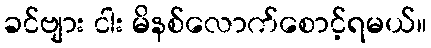
ခင်ဗျား ငါး မိနစ်လောက်စောင့်ရမယ်။